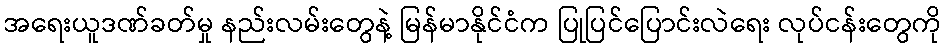
အရေးယူဒဏ်ခတ်မှု နည်းလမ်းတွေနဲ့ မြန်မာနိုင်ငံက ပြုပြင်ပြောင်းလဲရေး လုပ်ငန်းတွေကို